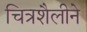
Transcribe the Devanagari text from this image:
चित्रशैलीने